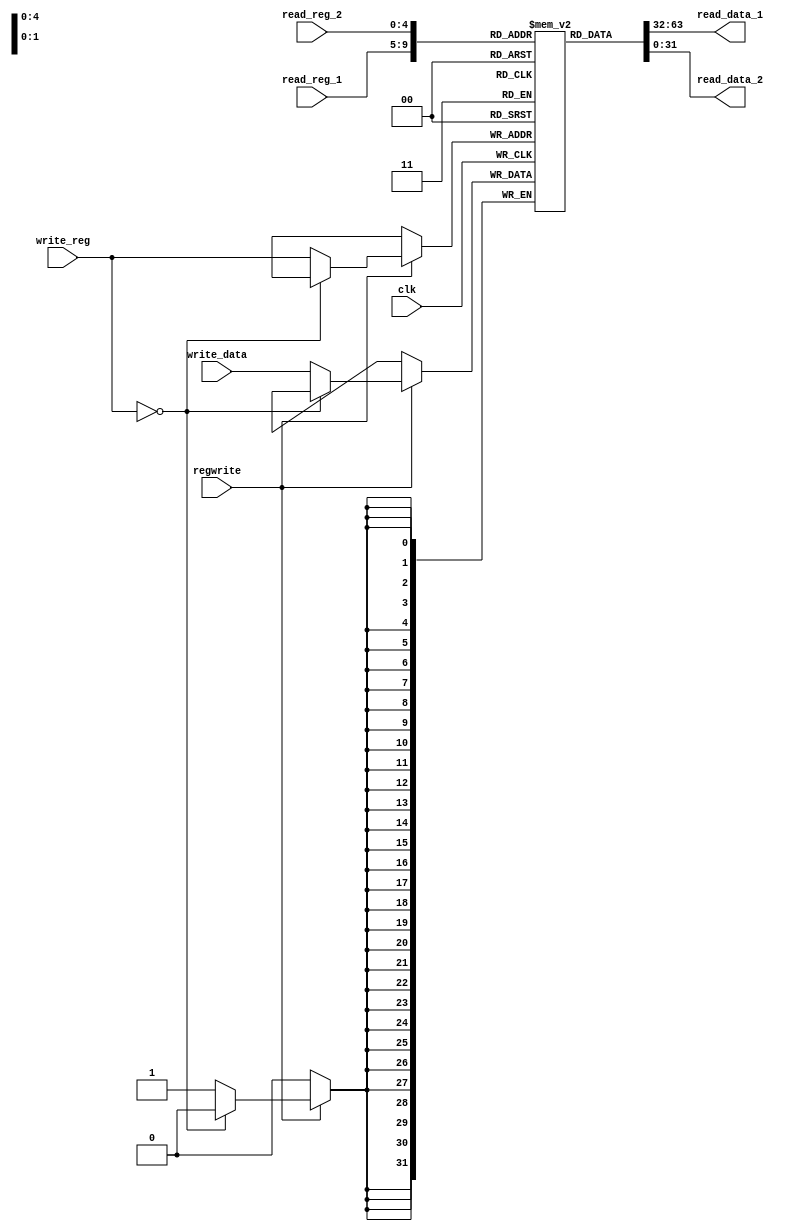
`timescale 1ns / 1ps

module register_file(
	input clk,
	input regwrite,
	input [4:0] read_reg_1,
	input [4:0] read_reg_2,
	input [4:0] write_reg,
	input [31:0] write_data,
	output [31:0] read_data_1,
	output [31:0] read_data_2
	);
	
	reg [31:0] registers [0:31];
	
	integer i;
	initial begin
		for (i = 0; i < 32; i = i + 1)
			registers[i] = i;
	end
	
	always @(posedge clk)begin
		if (regwrite == 1)begin
			if (write_reg == 0)
				$display("you can not change $zero register!");
			else 
				registers[write_reg] = write_data;
		end
	end
	
	assign read_data_1 = registers[read_reg_1];
	assign read_data_2 = registers[read_reg_2];

endmodule